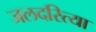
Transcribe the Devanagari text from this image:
जलदरित्या